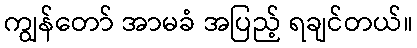
ကျွန်တော် အာမခံ အပြည့် ရချင်တယ်။